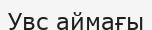
Увс аймағы